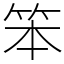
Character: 笨